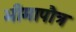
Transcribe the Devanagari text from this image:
भीमापौत्र